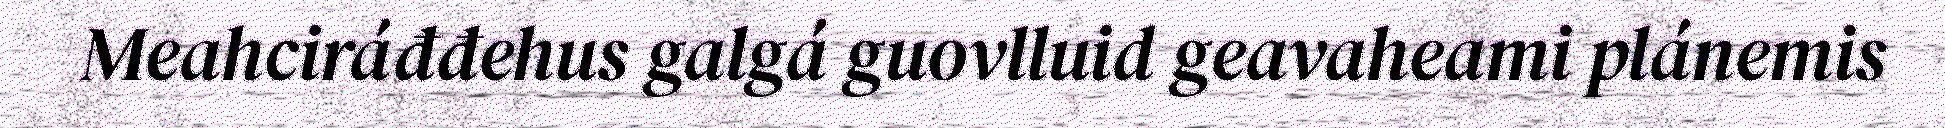
Meahciráđđehus galgá guovlluid geavaheami plánemis